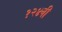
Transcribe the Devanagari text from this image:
१२४वी